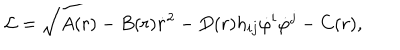
{ \cal L } = \sqrt { A ( r ) - B ( r ) \dot { r } ^ { 2 } - D ( r ) h _ { i j } \dot { \varphi } ^ { i } \dot { \varphi } ^ { j } } - C ( r ) ,